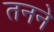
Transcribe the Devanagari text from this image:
तनने